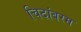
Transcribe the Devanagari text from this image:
चिदांबरम